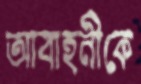
আবাহনীকে